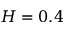
H = 0 . 4